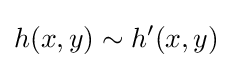
h(x,y)\sim h^{\prime }(x,y)